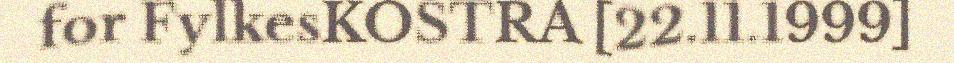
for FylkesKOSTRA [22.11.1999]